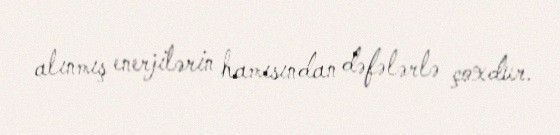
alınmış enerjilərin hamısından dəfələrlə çoxdur.